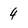
Character: 4